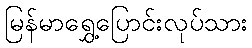
မြန်မာရွှေ့ပြောင်းလုပ်သား